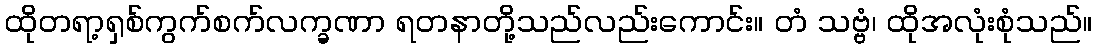
ထိုတရာ့ရှစ်ကွက်စက်လက္ခဏာ ရတနာတို့သည်လည်းကောင်း။ တံ သဗ္ဗံ၊ ထိုအလုံးစုံသည်။